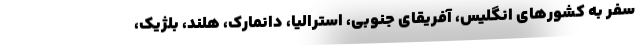
سفر به کشورهای انگلیس، آفریقای جنوبی، استرالیا، دانمارک، هلند، بلژیک،